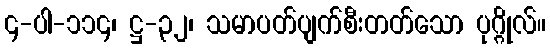
၄-ပါ-၁၁၄၊ ဋ္ဌ-၃၂၊ သမာပတ်ပျက်စီးတတ်သော ပုဂ္ဂိုလ်။